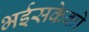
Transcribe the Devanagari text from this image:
भईसकेको